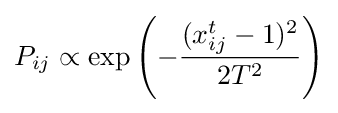
P_{ij}\propto \exp \left(-{\frac {(x_{ij}^{t}-1)^{2}}{2T^{2}}}\right)